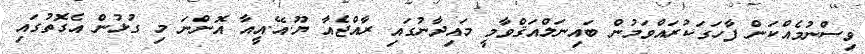
ވިސްނުމެއްކަން ފާހަގަކުރައްވަމުން ބައިނަލްއަޤްވާމީ މައިދާނުގައި ރާއްޖެއާ ޔޫ.އޭ.އީއާ އޮންނަ މި ގުޅުން އެގޮތުގައި